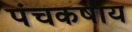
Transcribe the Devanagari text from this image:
पंचकषाय